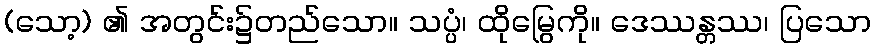
(သော့) ၏ အတွင်း၌တည်သော။ သပ္ပံ၊ ထိုမြွေကို။ ဒေဿန္တဿ၊ ပြသော